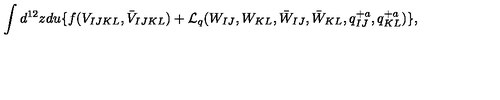
\int d ^ { 1 2 } z d u \{ f ( V _ { I J K L } , \bar { V } _ { I J K L } ) + { \cal L } _ { q } ( W _ { I J } , W _ { K L } , \bar { W } _ { I J } , \bar { W } _ { K L } , q _ { I J } ^ { + a } , q _ { K L } ^ { + a } ) \} ,